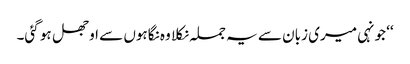
‘‘ جونہی میری زبان سے یہ جملہ نکلا وہ نگاہوں سے اوجھل ہو گئی۔